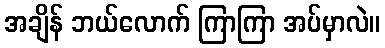
အချိန် ဘယ်လောက် ကြာကြာ အပ်မှာလဲ။